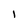
Character: l